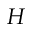
H